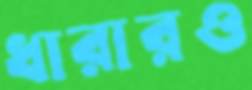
ধারারও